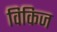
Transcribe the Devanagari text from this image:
विकिज